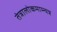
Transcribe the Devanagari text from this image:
तंत्रालोकमाम्न्यत्र